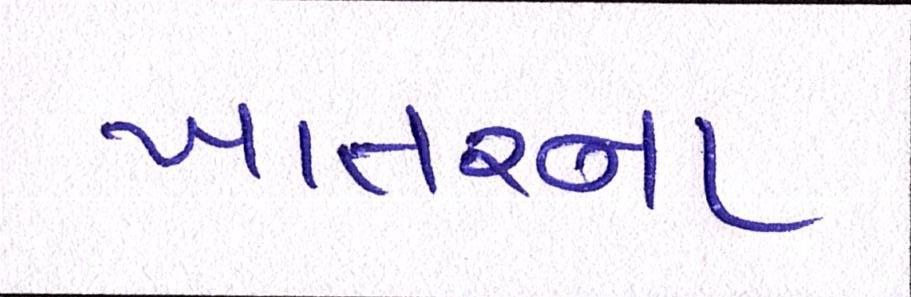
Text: ખાતરના